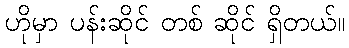
ဟိုမှာ ပန်းဆိုင် တစ် ဆိုင် ရှိတယ်။